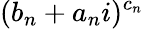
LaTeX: (b_{n}+a_{n}i)^{c_{n}}